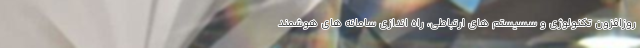
روزافزون تکنولوژی و سسیستم های ارتباطی، راه اندازی سامانه های هوشمند